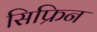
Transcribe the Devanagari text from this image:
सिफ्रिन